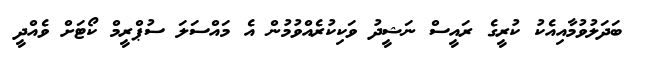
ބަދަލުވުމާއިއެކު ކުރީގެ ރައީސް ނަޝީދު ވަކިކުރެއްވުމުން އެ މައްސަލަ ސުޕްރީމް ކޯޓަށް ވެއްދީ